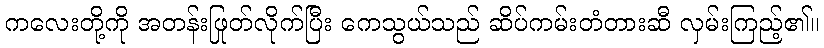
ကလေးတို့ကို အတန်းဖြုတ်လိုက်ပြီး ကေသွယ်သည် ဆိပ်ကမ်းတံတားဆီ လှမ်းကြည့်၏။